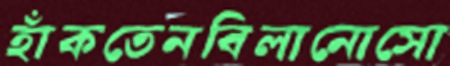
হাঁকতেনবিলানোসো